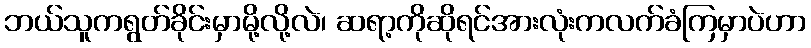
ဘယ်သူကရွတ်ခိုင်းမှာမို့လို့လဲ၊ ဆရာ့ကိုဆိုရင်အားလုံးကလက်ခံကြမှာပဲဟာ